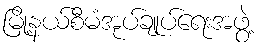
မြို့နယ်စီမံအုပ်ချုပ်ရေးအဖွဲ့